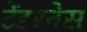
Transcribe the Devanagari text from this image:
टेंडरनेस